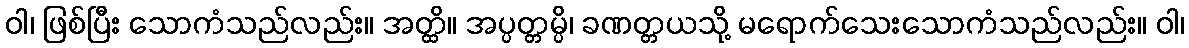
ဝါ၊ ဖြစ်ပြီး သောကံသည်လည်း။ အတ္ထိ။ အပ္ပတ္တမ္ပိ၊ ခဏတ္တယသို့ မရောက်သေးသောကံသည်လည်း။ ဝါ၊